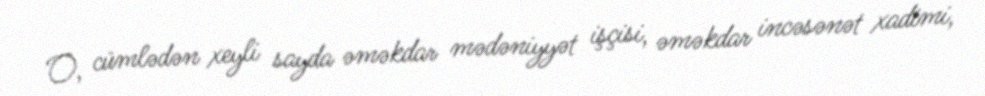
O, cümlədən xeyli sayda əməkdar mədəniyyət işçisi, əməkdar incəsənət xadimi,